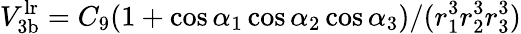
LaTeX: V_{\mathrm{3b}}^{\mathrm{lr}}=C_{9}(1+\cos\alpha_{1}\cos\alpha_{2}\cos\alpha_{3})/(r_{1}^{3}r_{2}^{3}r_{3}^{3})